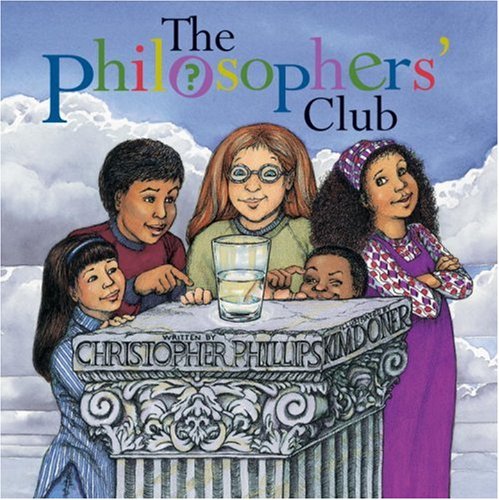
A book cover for The Philosophers' Club; Christopher Phillips; Children's Books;